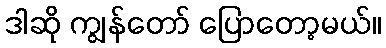
ဒါဆို ကျွန်တော် ပြောတော့မယ်။